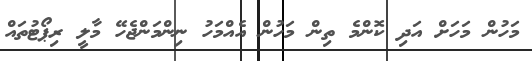
މަހުން މަހަށް އަދި ކޮންމެ ތިން މަހުން އެއްމަހު ނިންމަންޖެހޭ މާލީ ރިޕޯޓުތައް